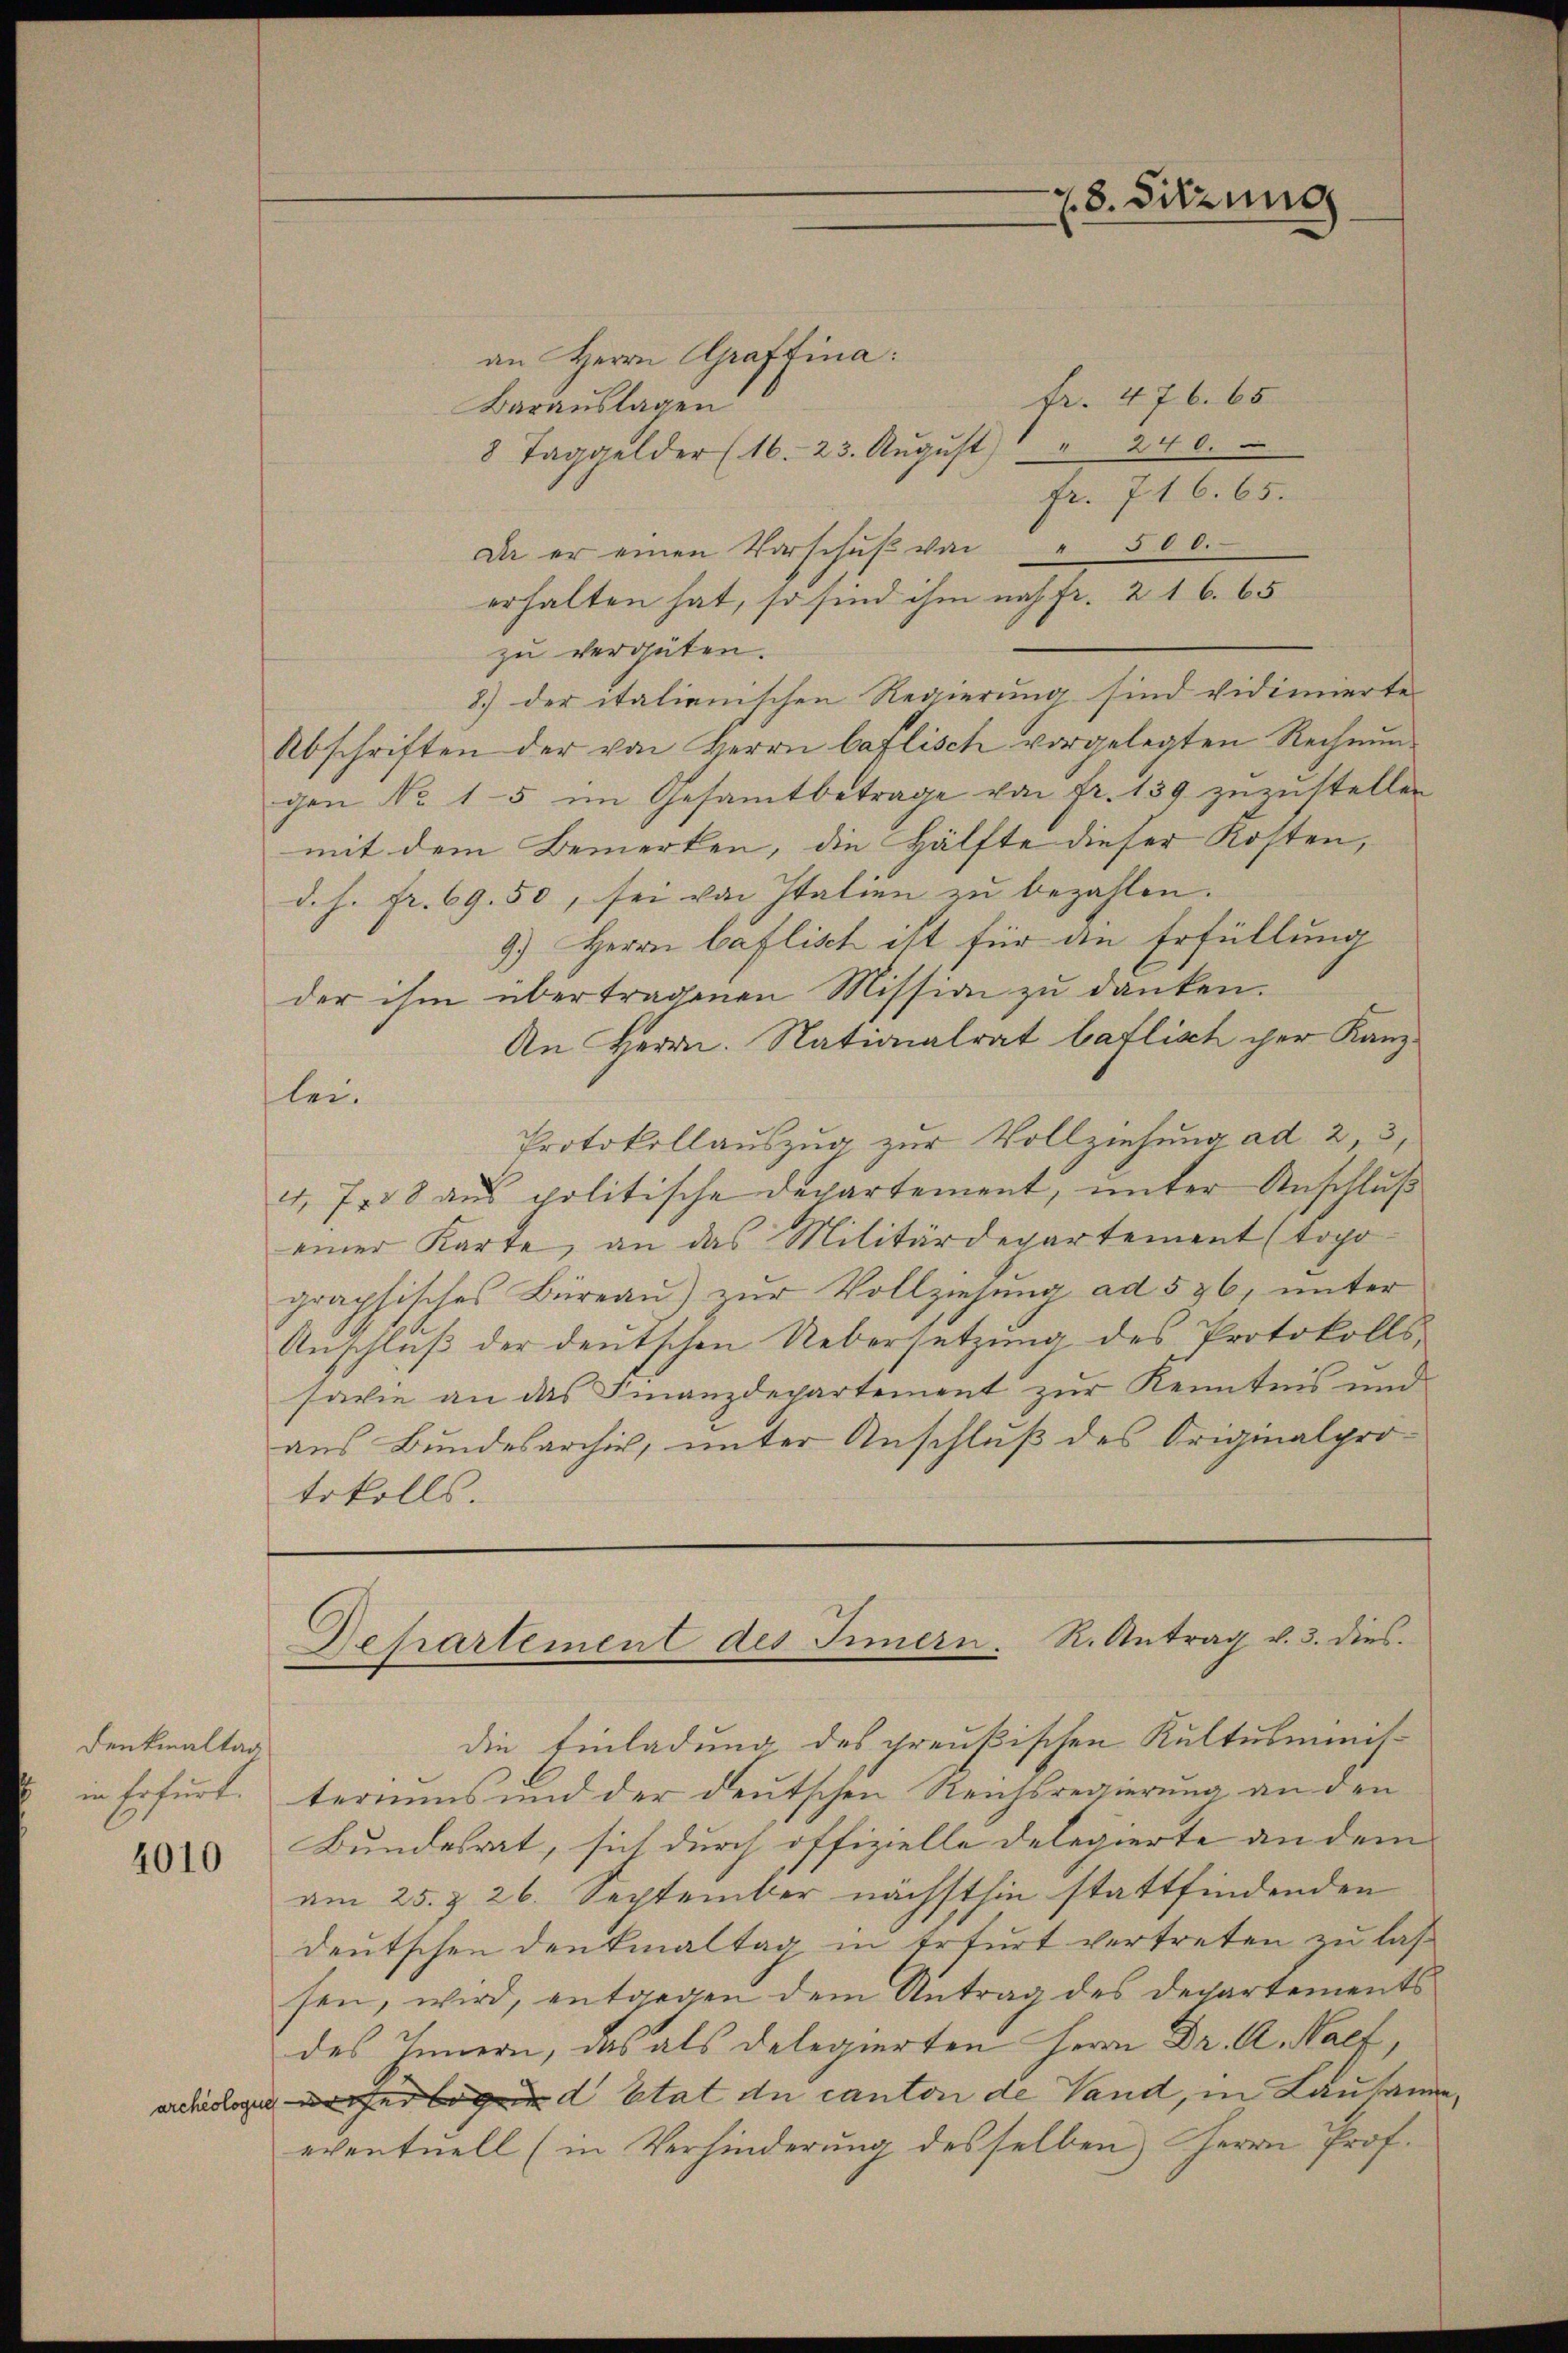
Denkmaltag
in Erfurt.

4010

78. Sitzung

an Herrn Graffina:
fr. 476. 65
Barauslagen
8 Taggelder (16. 23. Aŭgŭst " 240.
fr. 716. 65.
Da er einen Vorschŭβ von " 500.
erhalten hat, so sind ihm nach Fr. 216. 65
zu vergüten.
8.) der italienischen Regierung sind vidinnerte
Abschriften der von Herrn Caflisch vorgelegten Rechnŭn-
gen No 1-5 im Gesammtbetrage von fr. 139 zuzustellen
mit dem Bemerken, die Hälfte dieser Kosten,
d. h. fr. 69. 50, sei von Italien zu bezahlen.
9.) Herrn Caflisch ist für die Erfüllung
der ihm übertragenen Mission zu danken.
An Herrn. Nationalrat baflisch der Kanzlei.
Protokollauszug zur Vollziehung ad 2, 3,
4, 788 ans politische Departement, unter Anschluß
einer Karte, an das Militärdepartement (topo-
graphisches Büreau) zur Vollziehung ad 526, unter
Anschluß der deutschen Uebersetzung des Protokolls
sawie an das Finanzdepartement zur Kenntnis und
aus Bundesarchiv, unter Anschluß des Originalprotokolls
Departement des Innern. R. Antrag v. 3. dies
die Einladung des preußischen Kultusministeriums und der deutschen Reichsregierung an den
Bundesrat, sich durch offizielle Delegierte an dem
am 25. & 26. September nächsthin stattfindenden
deutschen Denkmaltag in Erfurt vertreten zu lassen, wird, entgegen dem Antrag des Departements
des Innern, das als Delegierten Herrn Dr. A. Palf,
ed Etat du canton de Land, in Lausann
eventuell (in Verhinderung desselben Herrn Prof.

e,